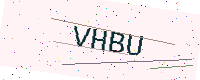
Text: VHBU